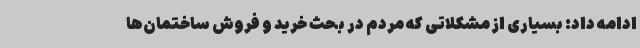
ادامه داد: بسیاری از مشکلاتی که مردم در بحث خرید و فروش ساختمان‌ها